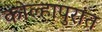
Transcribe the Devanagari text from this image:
कोल्हापुरांत